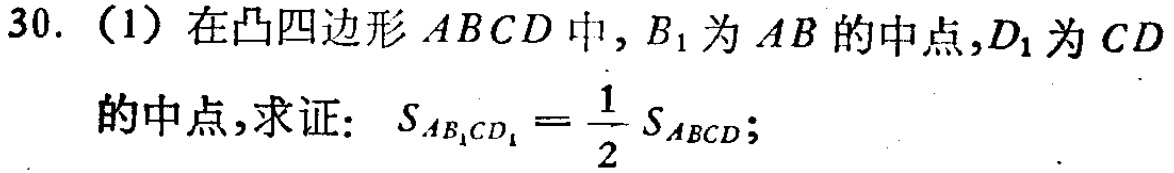
30. (1) 在凸四边形 \(ABCD\) 中，\(B_1\) 为 \(AB\) 的中点，\(D_1\) 为 \(CD\) 的中点，求证：\(S_{AB_1CD_1}=\frac{1}{2}S_{ABCD}\)；